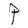
Character: P